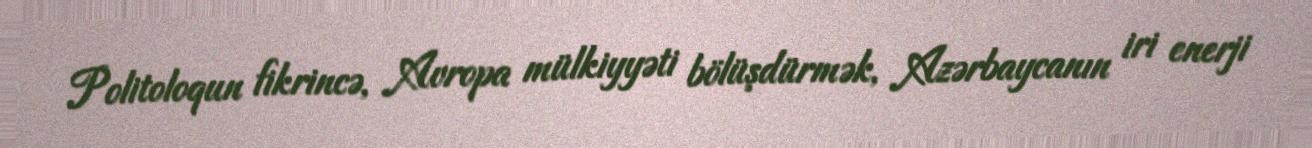
Politoloqun fikrincə, Avropa mülkiyyəti bölüşdürmək, Azərbaycanın iri enerji